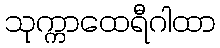
သုက္ကာထေရီဂါထာ